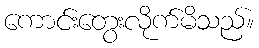
ကောင်းတွေးလိုက်မိသည်။